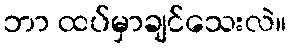
ဘာ ထပ်မှာချင်သေးလဲ။